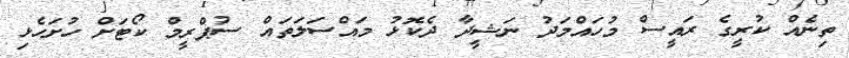
ތިނެއް ކުރީގެ ރައީސް މުހައްމަދު ނަޝީދާ ދެކޮޅު މައްސަލަތައް ސުޕްރީމް ކޯޓަށް ހުށަހެޅި